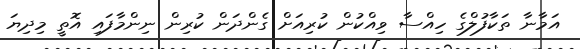
އަމާނާ ތަކާފުލްގެ ހިއްސާ ވިއްކުން ކުރިއަށް ގެންދަން ކުރިން ނިންމާފައި އޮތީ މިދިޔަ